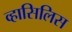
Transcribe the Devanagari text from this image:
व्हासिलिस